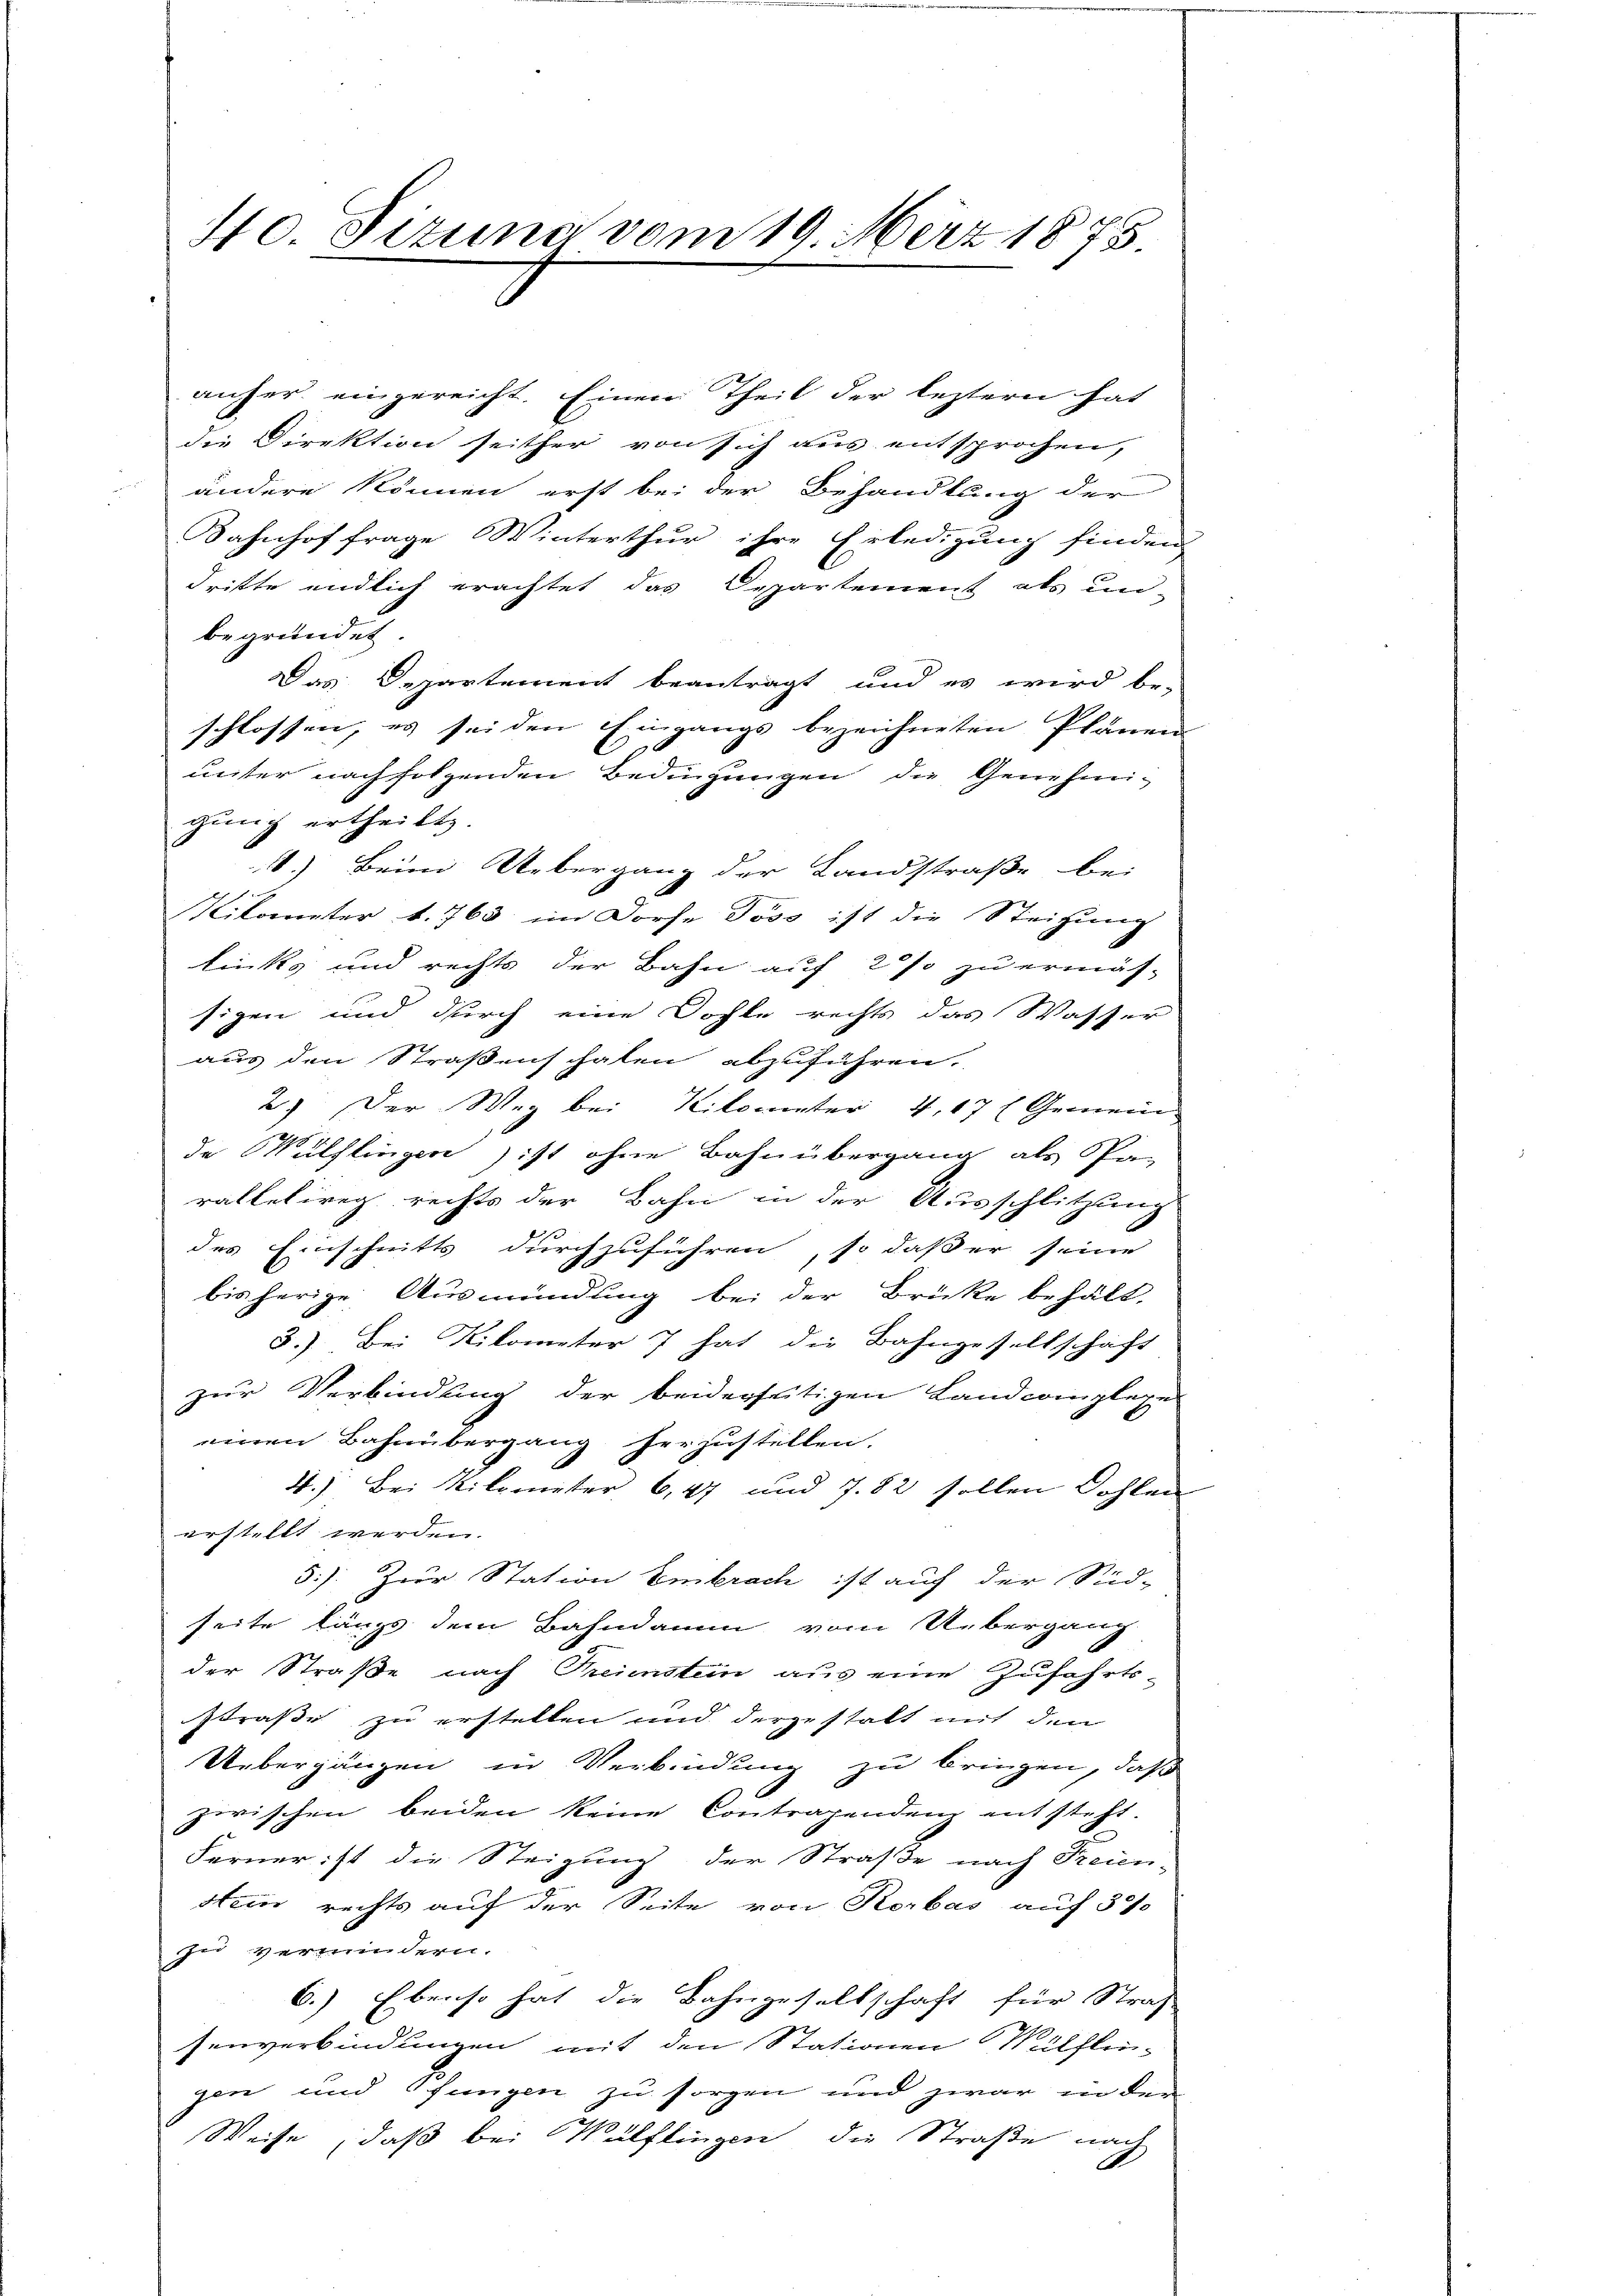
40. Fizuna vom 19. März 1875

anher eingereicht. Einem Theil der leztern hat
die Direktion seither von sich aus entsprochen,
ändere können erst bei der Behandlung der
Bahnhof frage Winterthur ihre Erledigung finden
dritte endlich erachtet das Departement als un-
begründet
Das Departement beantragt und es wird be-
schlossen, es sei den Eingangs bezeichneten Plänen
unter nachfolgenden Bedingungen die Genehmigung ertheilt.
4.) Beim Uebergang der Landstraße bei
Nilometer v. 763 im Dorfe Joso ist die Steigung
links und rechts der Bahn auf 2 % zu ermäs-
sigen und durch eine Sohle rechts das Wasser
aus den Straßenschalen abzuführen.
2) Der Weg bei Kilometer 4, 17 Gemein
de Wülflinger) ist ohne Bahnübergang als Pa-
ralletireg rechts der Bahn in der Ausschlitzung
des Einschnitts durchzuführen, so daß er seine
bisherige Ausmündung bei der Brücke behält.
3.) Bei Kilometer 7 hat die Bahngesellschaft
zur Verbindung der beiderseitigen Landcomplexe
einen Bahnübergang herzustellen.
4.) Bei Kilometer 6,47 und 7. 82 sollen Dohlen
erstellt werden.
3). Zur Station Embrach ist auf der Süd-
seite längs dem Bahndamm vom Uebergang
der Straße nach Freienstein aus eine Zufahrts-
straße zu erstellen und dergestalt mit den
Uebergängen in Verbindung zu bringen, daß
zwischen beiden keine Contragendenz entsteht.
Ferner ist die Steigung der Straße nach Freien-
stein rechts auf der Seite von Korbas auf 3
zu vermindern.
6.) Ebenso hat die Bahngesellschaft für Straf
senverbindungen mit den Stationen Wülflin-
gen und fungen zu sorgen und zwar in den
Weise, daß bei Wülflingen die Straße nach